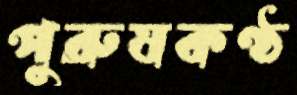
পুরুষকণ্ঠ